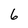
Character: 6